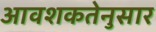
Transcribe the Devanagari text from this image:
आवशकतेनुसार